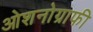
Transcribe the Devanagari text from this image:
ओशनोग्राफी